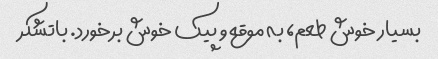
بسیار خوش طعم، به موقع و پیک خوش برخورد. باتشکر